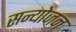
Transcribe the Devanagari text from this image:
सन्योजन